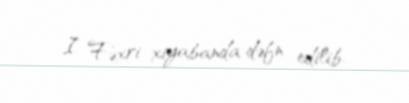
I Fəxri xiyabanda dəfn edilib.